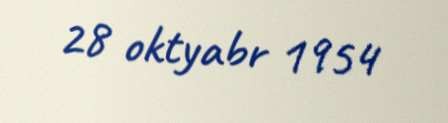
28 oktyabr 1954